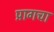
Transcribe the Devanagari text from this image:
प्रागचा